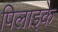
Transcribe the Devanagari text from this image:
पिलाइके